Lyperosia minuta, Bezzi - Number 59
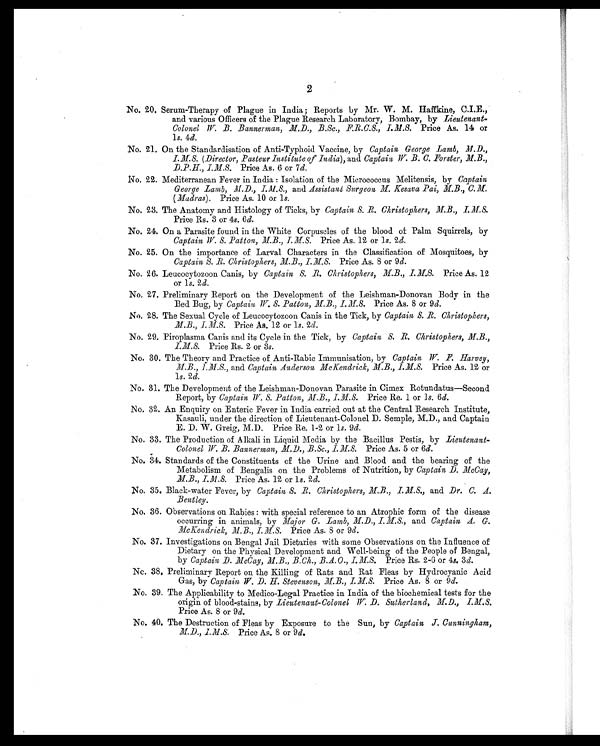
2
No. 20. Serum-Therapy of Plague in India; Reports by Mr. W. M. Haffkine, C.I.E.,
and various Officers of the Plague Research Laboratory, Bombay, by Lieutenant-
Colonel W. B. Bannerman, M.D., B.Sc., F.R.C.S., I.M.S. Price As. 14 or
1 s. 4d.
No. 21. On the Standardisation of Anti-Typhoid Vaccine, by Captain George Lamb, M.D.,
I.M. S. (Director, Pasteur Institute of India), and Captain W. B. C. Forster, M.B.,
D.P.H., I.M.S.P r i c e A s . 6 o r 7
d .
N o . 2 2 . M e d i t e r r a n e a n F e v e r i n I n d i a : I s o l a t i o n o f t h e M i c r o c o c c u s M e l i t e n s i s , b y
C a p t a i n
George Lamb, M.D., I.M.S., and Assistant Surgeon M. Kesava Pai, M.B., C.M.
(Madras). Price As. 10 or 1 s.
No. 23. The Anatomy and Histology of Ticks, by Captain S. R. Christophers, M.B., I.M.S.
Price Rs. 3 or 4s. 6d.
No. 24. On a Parasite found in the White Corpuscles of the blood of Palm Squirre1s, by
Captain W. S. Patton, M.B., I.M.S. Price As. 12 or 1s. 2d.
No. 25. On the importance of Larval Characters in the Classification of Mosquitoes, by
Captain S. R. Christophers, M.B., I.M.S. Price As. 8 or 9 d.
No. 26. Leucocytozoon Canis, by Captain S. R. Christophers, M.B., I.M.S. Price As. 12
or 1s. 2d.
No. 27. Preliminary Report on the Development of the Leishman-Donovan Body in the
Bed Bug, by Captain W. S. Patton, M.B., I.M.S. Price As. 8 or 9 d.
No. 28. The Sexual Cycle of Leucocytozoon Canis in the Tick, by Captain S. R. Christophers,
M.B., I.M.S. Price As. 12 or 1s. 2d.
No. 29. Piroplasma Canis and its Cycle in the Tick, by Captain, S. R. Christophers, M.B.,
I.M.S. Price Rs. 2 or 3s.
No. 30. The Theory and Practice of Anti-Rabic Immunisation, by Captain, W. F. Harvey,
M.B., I.M.S., and Captain Anderson McKendrick, M.B., I.M.S. Price As. 12 or
1s. 2d.
No. 31. The Development of the Leishman-Donovan Parasite in Cimex Rotundatus—Second
Report, by Captain W. S. Patton, M.B., I.M.s.
Price Re. 1 or 1s. 6d.
No. 32. An Enquiry on Enteric Fever in India carried out at the Central Research Institute,
Kasauli, under the direction of Lieutenant-Colonel D. Semple, M.D., and Captain
E. D. W. Greig, M.D, Price Re. 1-2 or 1s. 9d.
No. 33. The Production of Alkali in Liquid Media by the Bacillus Pestis, by Lieutenant-
Colonel W. B. Bannerman, M.D., B.Sc., I.M.S. Price As. 5 or 6 d.
No. 34. Standards of the Constituents of the Urine and Blood and the bearing of the
Metabolism of Bengalis on the Problems of Nutrition, by Captain, D. McCay,
M.B., I.M.S. Price As. 12 or 1s. 2 d.
No. 35. Black-water Fever, by Captain S. R. Christophers, M.B., I. M.S., and Dr. C. A.
Bentley.
No. 36. Observations on Rabies: with special reference to an Atrophic form of the disease
occurring in anima1s, by Major G. Lamb, M.D., I.M.S., and Captain A. G.
McKendrick, M.B., I.M.S. Price As. 8 or 9 d.
No. 37. Investigations on Bengal Jail Dietaries with some Observations on the Influence of
Dietary on the Physical Development and Well-being of the People of Bengal,
by Captain D. McCay, M.B., B.Ch., B.A.O., I.M.S. Price Rs. 2-6 or 4s. 3 d.
No. 38. Preliminary Report on the Killing of Rats and Rat Fleas by Hydrocyanic Acid
Gas, by Captain W. D. H. Stevenson, M.B., I.M.S. Price As. 8 or 9d.
No. 39. The Applicability to Medico-Legal Practice in India of the biochemical tests for the
origin of blood-stains, by Lieutenant-Colonel W. D. Sutherland, M.D., I.M.S.
Price As. 8 or 9 d.
No. 40. The Destruction of Fleas by Exposure to the Sun, by Captain J. Cunningham,
M.D., 1.M.S. Price As. 8 or 9 d.